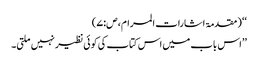
‘‘ (مقدمۃ اشارات المرام،ص:۷)
’’اس باب میں اس کتاب کی کوئی نظیر نہیں ملتی۔